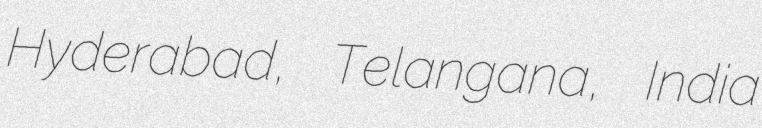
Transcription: Hyderabad, Telangana, India